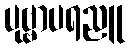
ပုဗ္ဗာပရညူ